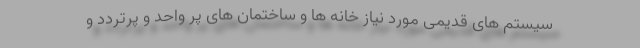
سیستم های قدیمی مورد نیاز خانه ها و ساختمان های پر واحد و پرتردد و